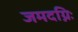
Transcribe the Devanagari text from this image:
जमदग्निः